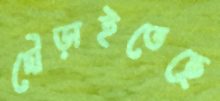
দৌড়াইতেছে